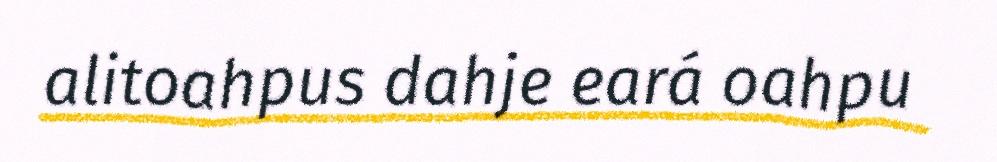
alitoahpus dahje eará oahpu